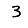
Digit: 3